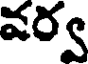
వర్వ